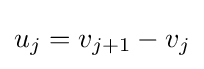
u_{j}=v_{j+1}-v_{j}